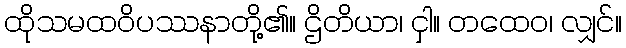
ထိုသမထဝိပဿနာတို့၏။ ဌိတိယာ၊ ငှါ။ တထေဝ၊ လျှင်။